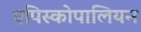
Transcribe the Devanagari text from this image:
एपिस्कोपालियन